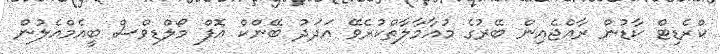
ކްރެޑިޓް ކާޑުން ރާއްޖެއިން ބޭރުގެ މުއާމާލާތްކުރެވޭ އަދަދު ބޭންކް އޮފް މޯލްޑިވްސް ބީއެމްއެލުން